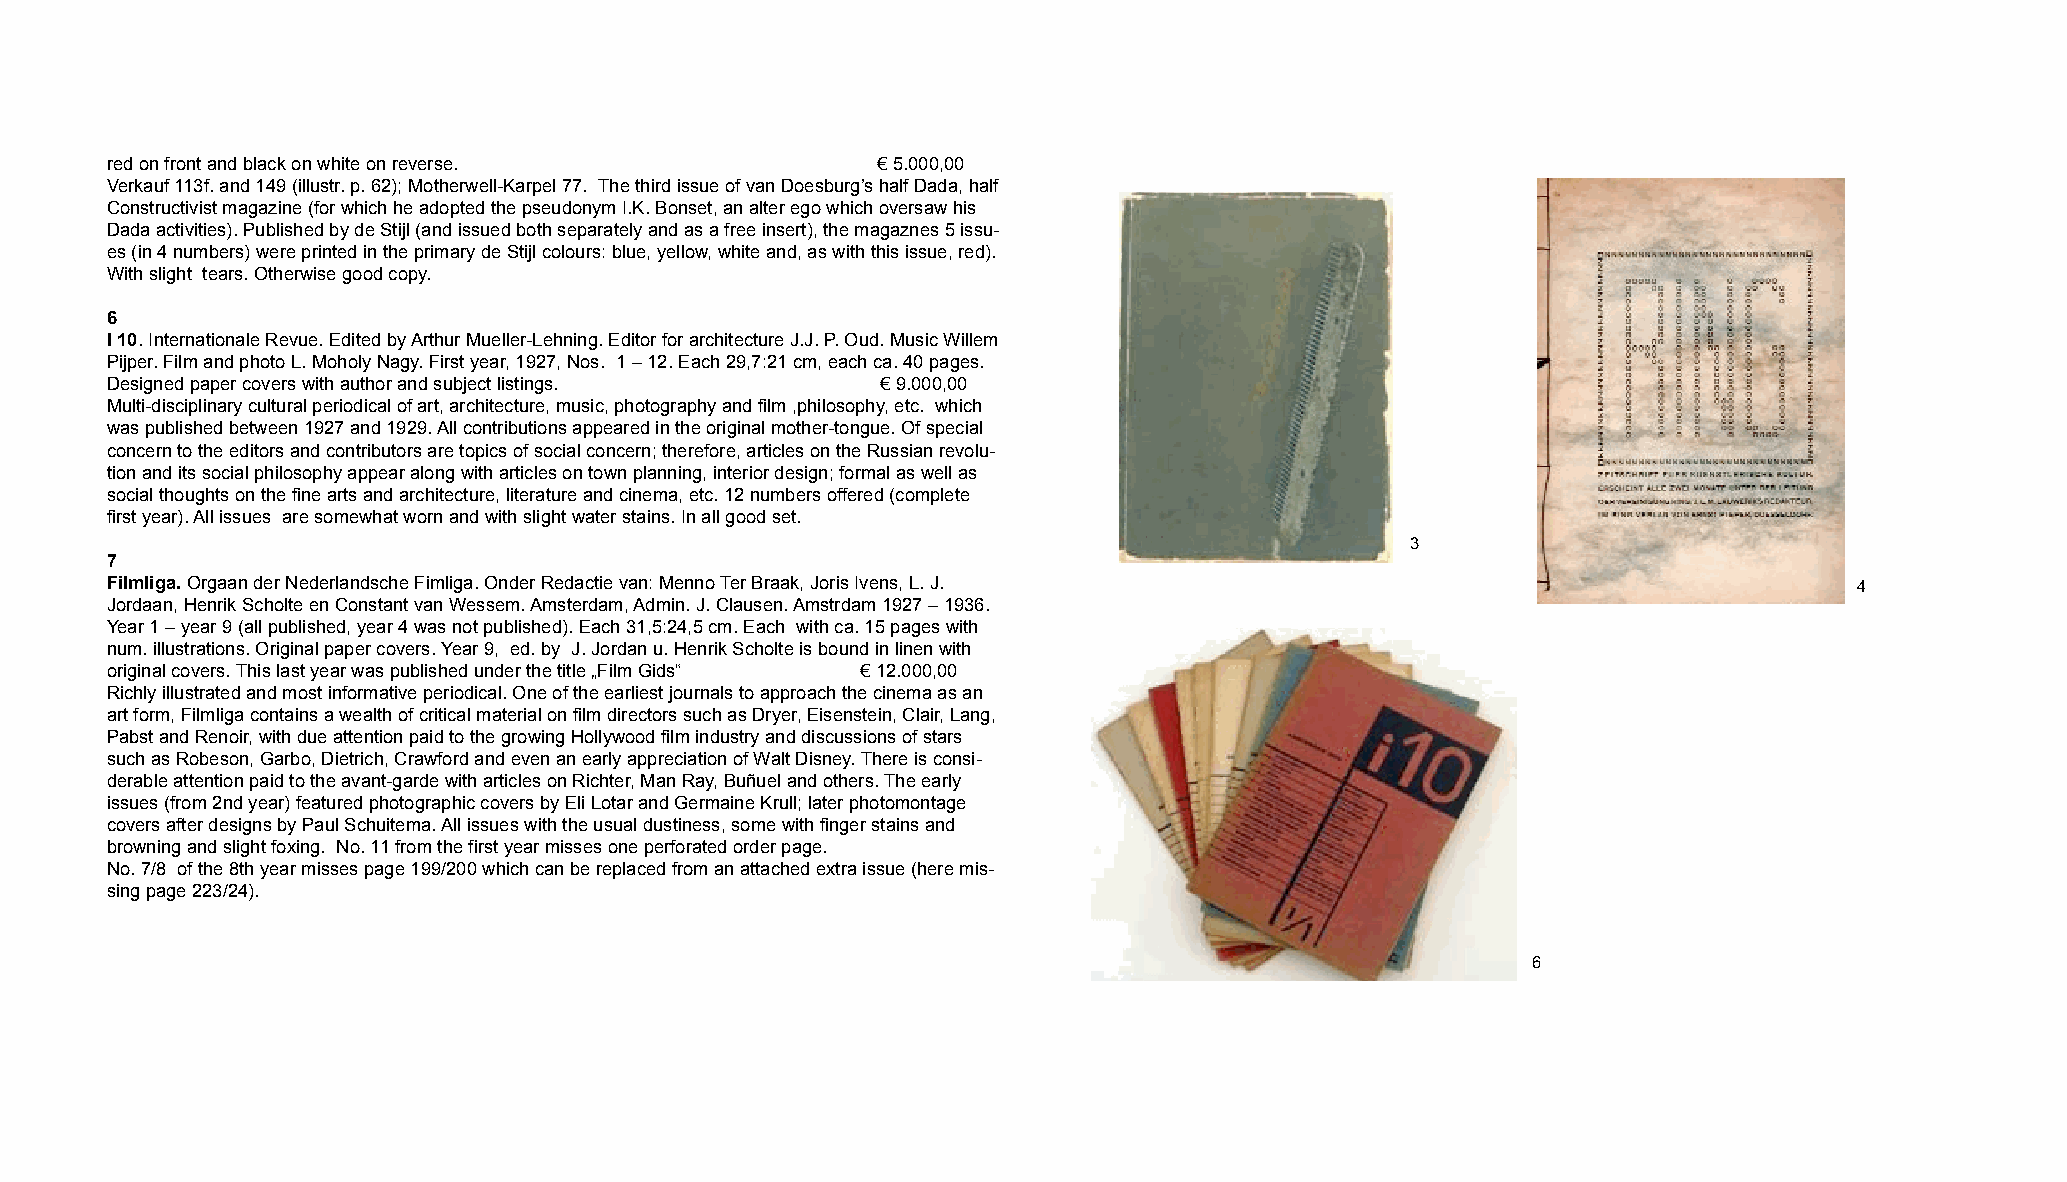
red on front and black on white on reverse.        ! 5.000,00
 Verkauf 113f. and 149 (illustr. p. 62); Motherwell-Karpel 77. The third issue of van Doesburg’s half Dada, half
 Constructivist magazine (for which he adopted the pseudonym I.K. Bonset, an alter ego which oversaw his
 Dada activities). Published by de Stijl (and issued both separately and as a free insert), the magaznes 5 issu-
 es (in 4 numbers) were printed in the primary de Stijl colours: blue, yellow, white and, as with this issue, red).
 With slight tears. Otherwise good copy.
 6
 I 10. Internationale Revue. Edited by Arthur Mueller-Lehning. Editor for architecture J.J. P. Oud. Music Willem
 Pijper. Film and photo L. Moholy Nagy. First year, 1927, Nos. 1 – 12. Each 29,7:21 cm, each ca. 40 pages.
 Designed paper covers with author and subject listings. ! 9.000,00
 Multi-disciplinary cultural periodical of art, architecture, music, photography and film ,philosophy, etc. which
 was published between 1927 and 1929. All contributions appeared in the original mother-tongue. Of special
 concern to the editors and contributors are topics of social concern; therefore, articles on the Russian revolu-
 tion and its social philosophy appear along with articles on town planning, interior design; formal as well as
 social thoughts on the fine arts and architecture, literature and cinema, etc. 12 numbers offered (complete
 first year). All issues are somewhat worn and with slight water stains. In all good set.
 3
 7
 Filmliga. Orgaan der Nederlandsche Fimliga. Onder Redactie van: Menno Ter Braak, Joris Ivens, L. J.                 4
 Jordaan, Henrik Scholte en Constant van Wessem. Amsterdam, Admin. J. Clausen. Amstrdam 1927 – 1936.
 Year 1 – year 9 (all published, year 4 was not published). Each 31,5:24,5 cm. Each with ca. 15 pages with
 num. illustrations. Original paper covers. Year 9, ed. by J. Jordan u. Henrik Scholte is bound in linen with
 original covers. This last year was published under the title „Film Gids“ ! 12.000,00
 Richly illustrated and most informative periodical. One of the earliest journals to approach the cinema as an
 art form, Filmliga contains a wealth of critical material on film directors such as Dryer, Eisenstein, Clair, Lang,
 Pabst and Renoir, with due attention paid to the growing Hollywood film industry and discussions of stars
 such as Robeson, Garbo, Dietrich, Crawford and even an early appreciation of Walt Disney.There is consi-
 derable attention paid to the avant-garde with articles on Richter, Man Ray, Buñuel and others. The early
 issues (from 2nd year) featured photographic covers by Eli Lotar and Germaine Krull; later photomontage
 covers after designs by Paul Schuitema. All issues with the usual dustiness, some with finger stains and
 browning and slight foxing. No. 11 from the first year misses one perforated order page.
 No. 7/8 of the 8th year misses page 199/200 which can be replaced from an attached extra issue (here mis-
 sing page 223/24).
 6